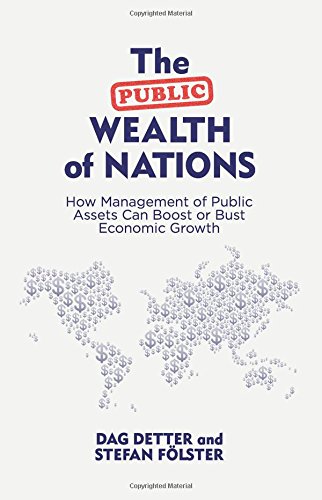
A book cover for The Public Wealth of Nations: How Management of Public Assets Can Boost or Bust Economic Growth; Dag Detter; Business & Money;